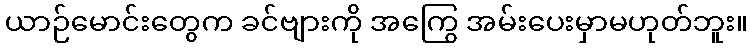
ယာဉ်မောင်းတွေက ခင်ဗျားကို အကြွေ အမ်းပေးမှာမဟုတ်ဘူး။